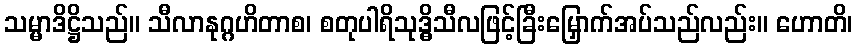
သမ္မာဒိဋ္ဌိသည်။ သီလာနုဂ္ဂဟိတာစ၊ စတုပါရိသုဒ္ဓိသီလဖြင့်ခြီးမြှောက်အပ်သည်လည်း။ ဟောတိ၊